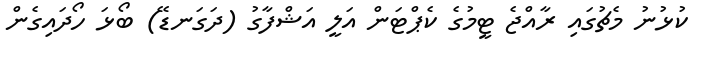
ކުޅުނު މެޗުގައި ރާއްޖެ ޓީމުގެ ކެޕްޓަން އަލީ އަޝްފާގު (ދަގަނޑޭ) ބޯޅަ ހޯދައިގެން